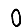
Digit: 0